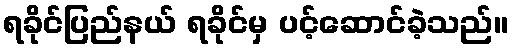
ရခိုင်ပြည်နယ် ရခိုင်မှ ပင့်ဆောင်ခဲ့သည်။